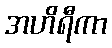
အဟိရီကာ